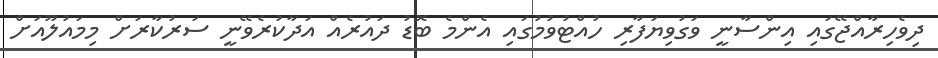
ދިވެހިރާއްޖޭގައި އިންސާނީ ވަގުވިޔަފާރި ހުއްޓުވުމުގައި އެންމެ ބޮޑު ދައުރެއް އަދާކުރެވޭނީ ސަރުކާރަށް މިމައުލޫއަށް